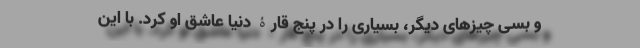
و بسی چیزهای دیگر، بسیاری را در پنج قارۀ دنیا عاشق او کرد. با این